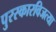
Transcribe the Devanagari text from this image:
पुरस्कारविजत्या